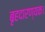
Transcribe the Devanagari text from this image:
बृहदारण्यक।